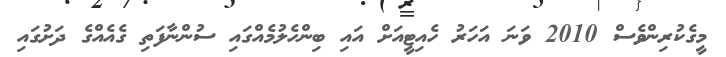
މީގެކުރިންވެސް 2010 ވަނަ އަހަރު ހެއިޓީއަށް އައި ބިންހެލުމެއްގައި ސުންނާފަތި ގެއެއްގެ ދަށުގައި